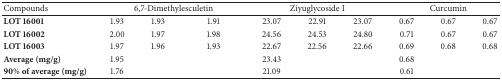
| Compounds | <COLSPAN=3> 6,7-Dimethylesculetin | <COLSPAN=3> Ziyuglycoside I | <COLSPAN=3> Curcumin |
 | --- | --- | --- | --- | --- | --- | --- | --- | --- | --- |
 | LOT 16001 | 1.93 | 1.93 | 1.91 | 23.07 | 22.91 | 23.07 | 0.67 | 0.67 | 0.67 |
 | LOT 16002 | 2.00 | 1.97 | 1.98 | 24.56 | 24.53 | 24.80 | 0.71 | 0.67 | 0.67 |
 | LOT 16003 | 1.97 | 1.96 | 1.93 | 22.67 | 22.56 | 22.66 | 0.69 | 0.68 | 0.68 |
 | Average (mg/g) | 1.95 |  |  | 23.43 |  |  | 0.68 |  |  |
 | 90% of average (mg/g) | 1.76 |  |  | 21.09 |  |  | 0.61 |  |  |